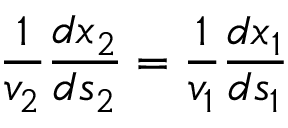
{ \frac { 1 } { v _ { 2 } } } { \frac { d x _ { 2 } } { d s _ { 2 } } } = { \frac { 1 } { v _ { 1 } } } { \frac { d x _ { 1 } } { d s _ { 1 } } }